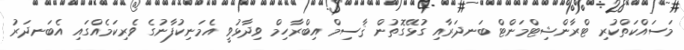
މަސައްކަތްކުރި ޓްރާންޝިޓްމަންޓް ބަނދަރާއި ގުޅޭގޮތުން ޤާސިމް އިބްރާހިމް ވިދާޅުވީ އެމަނިކުފާނުގެ ވެރިކަމެއްގައި އެބަނދަރު